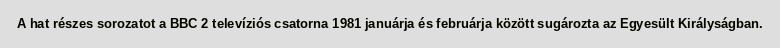
A hat részes sorozatot a BBC 2 televíziós csatorna 1981 januárja és februárja között sugározta az Egyesült Királyságban.